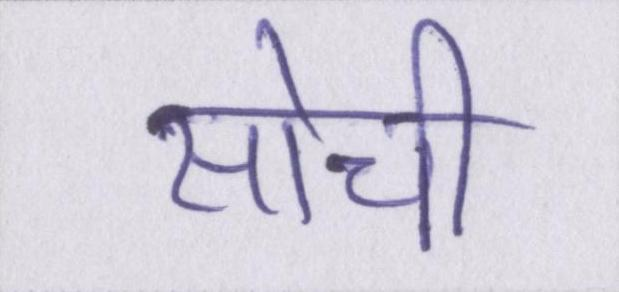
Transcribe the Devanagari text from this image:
सोची